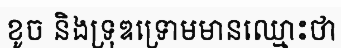
ខូច និងទ្រុឌទ្រោមមានឈ្មោះថា